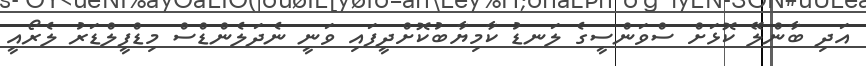
އަދި ބާންލޭ ކޮޅަށް ސްވަންސީގެ ލަނޑު ކާމިޔާބުކޮށްދީފައި ވަނީ ނެދަލެންޑްސް މިޑްފީލްޑަރު ލެރޯއީ